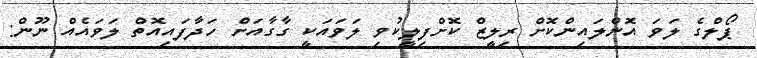
ޕޯލްގެ ލަވަ އޮންލައިންކޮށް ރިލީޒް ކޮށްފިލީކުވި ލަވައަކީ ގާގާއަށް ހަދާފައިއޮތް ލަވައެއް ނޫން: